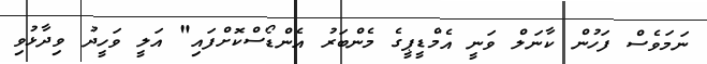
ނަމަވެސް ފަހުން ކާނަލް ވަނީ އެމްޑީޕީގެ މެންބަރު އެންޑޯސްކޮށްފައި" އަލީ ވަހީދު ވިދާޅުވި